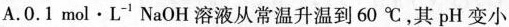
A. 0.1 \mathrm{~mol} \cdot \mathrm{L}^{-1} \mathrm{NaOH}溶液从常温升温到60℃，其pH变小